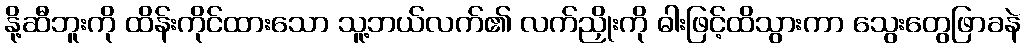
နို့ဆီဘူးကို ထိန်းကိုင်ထားသော သူ့ဘယ်လက်၏ လက်ညှိုးကို ဓါးဖြင့်ထိသွားကာ သွေးတွေဖြာခနဲ